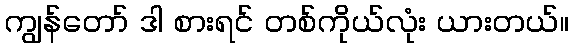
ကျွန်တော် ဒါ စားရင် တစ်ကိုယ်လုံး ယားတယ်။